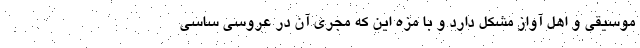
موسیقی و اهل آواز مشکل دارد و با مزه این که مجری آن در عروسی ساسی